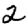
Digit: 2